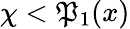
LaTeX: \chi<\mathfrak{P}_{1}(x)